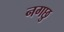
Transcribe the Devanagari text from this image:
नगछु